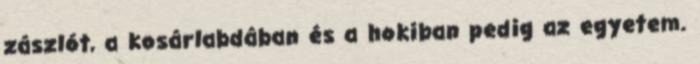
zászlót, a kosárlabdában és a hokiban pedig az egyetem.